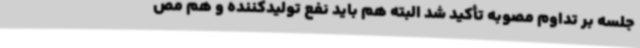
جلسه بر تداوم مصوبه تأکید شد البته هم باید نفع تولیدکننده و هم مص